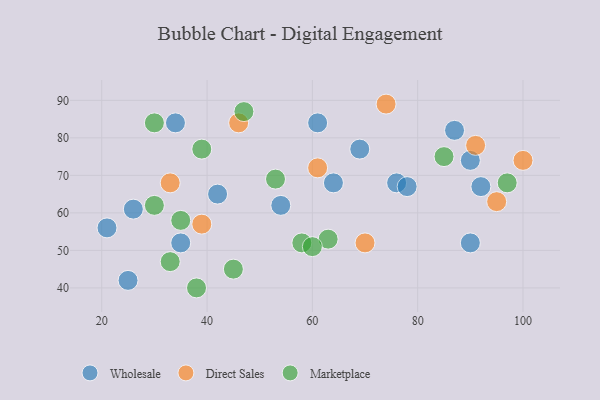
{"axis": {"x": "GDP", "y": "Life Expectancy"}, "legend": ["Direct Sales", "Marketplace", "Wholesale"], "data": [{"x": "90", "y": 52, "type": "Wholesale"}, {"x": "42", "y": 65, "type": "Wholesale"}, {"x": "64", "y": 68, "type": "Wholesale"}, {"x": "26", "y": 61, "type": "Wholesale"}, {"x": "69", "y": 77, "type": "Wholesale"}, {"x": "87", "y": 82, "type": "Wholesale"}, {"x": "76", "y": 68, "type": "Wholesale"}, {"x": "78", "y": 67, "type": "Wholesale"}, {"x": "25", "y": 42, "type": "Wholesale"}, {"x": "35", "y": 52, "type": "Wholesale"}, {"x": "21", "y": 56, "type": "Wholesale"}, {"x": "92", "y": 67, "type": "Wholesale"}, {"x": "90", "y": 74, "type": "Wholesale"}, {"x": "54", "y": 62, "type": "Wholesale"}, {"x": "34", "y": 84, "type": "Wholesale"}, {"x": "61", "y": 84, "type": "Wholesale"}, {"x": "61", "y": 72, "type": "Direct Sales"}, {"x": "70", "y": 52, "type": "Direct Sales"}, {"x": "100", "y": 74, "type": "Direct Sales"}, {"x": "74", "y": 89, "type": "Direct Sales"}, {"x": "91", "y": 78, "type": "Direct Sales"}, {"x": "95", "y": 63, "type": "Direct Sales"}, {"x": "33", "y": 68, "type": "Direct Sales"}, {"x": "39", "y": 57, "type": "Direct Sales"}, {"x": "46", "y": 84, "type": "Direct Sales"}, {"x": "45", "y": 45, "type": "Marketplace"}, {"x": "63", "y": 53, "type": "Marketplace"}, {"x": "33", "y": 47, "type": "Marketplace"}, {"x": "58", "y": 52, "type": "Marketplace"}, {"x": "30", "y": 62, "type": "Marketplace"}, {"x": "30", "y": 84, "type": "Marketplace"}, {"x": "60", "y": 51, "type": "Marketplace"}, {"x": "35", "y": 58, "type": "Marketplace"}, {"x": "53", "y": 69, "type": "Marketplace"}, {"x": "97", "y": 68, "type": "Marketplace"}, {"x": "47", "y": 87, "type": "Marketplace"}, {"x": "38", "y": 40, "type": "Marketplace"}, {"x": "39", "y": 77, "type": "Marketplace"}, {"x": "85", "y": 75, "type": "Marketplace"}]}